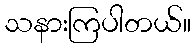
သနားကြပါတယ်။